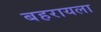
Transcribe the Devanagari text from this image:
बहरायला